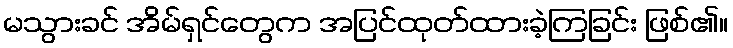
မသွားခင် အိမ်ရှင်တွေက အပြင်ထုတ်ထားခဲ့ကြခြင်း ဖြစ်၏။